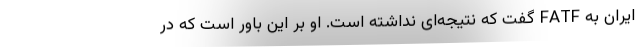
ایران به FATF گفت که نتیجه‌ای نداشته است. او بر این باور است که در